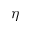
\eta